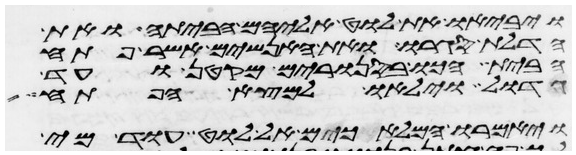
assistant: ויביאו את לוט אליהם הביתה ואת
הדלת סגרו ואת האנשים אשר פתח
הבית הכו בסנורים מקטן ועד
גדול וילאו למצא הפתח
ויאמרו המלאכים אל לוט עוד מי